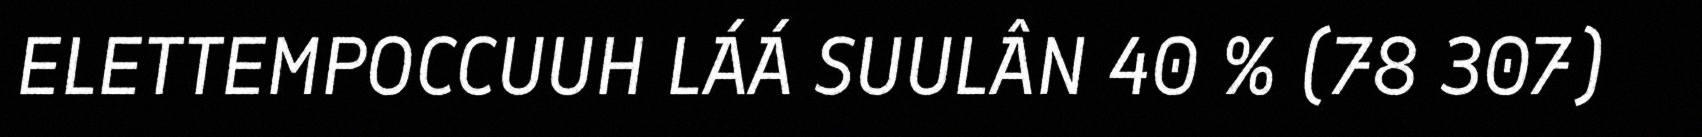
ELETTEMPOCCUUH LÁÁ SUULÂN 40 % (78 307)